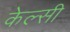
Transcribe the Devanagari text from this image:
केल्सी